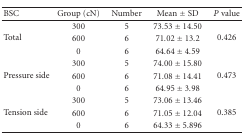
<table><thead><tr><td><b>BSC</b></td><td><b>Group (cN)</b></td><td><b>Number</b></td><td><b>Mean ± SD</b></td><td><b><i>P</i> value</b></td></tr></thead><tbody><tr><td rowspan="3">Total</td><td>300</td><td>5</td><td>73.53 ± 14.50</td><td rowspan="3">0.426</td></tr><tr><td>600</td><td>6</td><td>71.02 ± 13.2</td></tr><tr><td>0</td><td>6</td><td>64.64 ± 4.59</td></tr><tr><td rowspan="3">Pressure side</td><td>300</td><td>5</td><td>74.00 ± 15.80</td><td rowspan="3">0.473</td></tr><tr><td>600</td><td>6</td><td>71.08 ± 14.41</td></tr><tr><td>0</td><td>6</td><td>64.95 ± 3.98</td></tr><tr><td rowspan="3">Tension side</td><td>300</td><td>5</td><td>73.06 ± 13.46</td><td rowspan="3">0.385</td></tr><tr><td>600</td><td>6</td><td>71.05 ± 12.04</td></tr><tr><td>0</td><td>6</td><td>64.33 ± 5.896</td></tr></tbody></table>